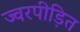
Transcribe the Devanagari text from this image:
ज्वरपीड़ित